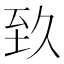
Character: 𦤷